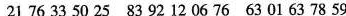
21 76 33 50 25 83 92 12 06 76 63 01 63 78 59